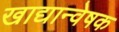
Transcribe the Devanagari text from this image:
खाद्यान्वेषक